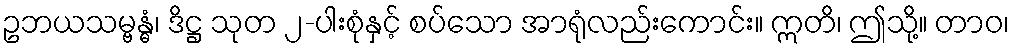
ဥဘယသမ္ဗန္ဓံ၊ ဒိဋ္ဌ သုတ ၂-ပါးစုံနှင့် စပ်သော အာရုံလည်းကောင်း။ ဣတိ၊ ဤသို့။ တာဝ၊